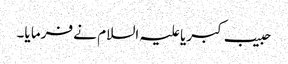
حبیب کبریا علیہ السلام نے فرما یا۔